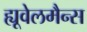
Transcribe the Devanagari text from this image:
ह्यूवेलमैन्स